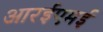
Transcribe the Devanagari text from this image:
आरईएमई